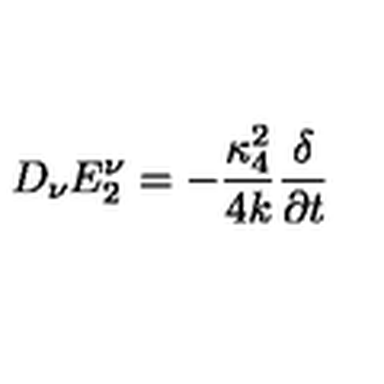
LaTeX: D _ { \nu } E _ { 2 } ^ { \nu } = - { \frac { { \kappa _ { 4 } ^ { 2 } } } { { 4 k } } } { \frac \delta { { \partial t } } }